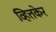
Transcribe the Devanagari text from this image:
व्हित्तकेर